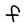
Character: f